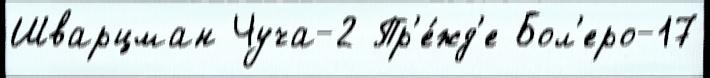
Шварцман Чуча-2 Пр'е́жд'е Бол'еро-17